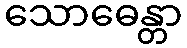
သောဓေန္တာ